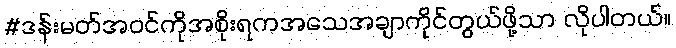
#ဒန်းမတ်အဝင်ကိုအစိုးရကအသေအချာကိုင်တွယ်ဖို့သာ လိုပါတယ်။